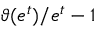
\vartheta ( e ^ { t } ) / { e ^ { t } } - 1